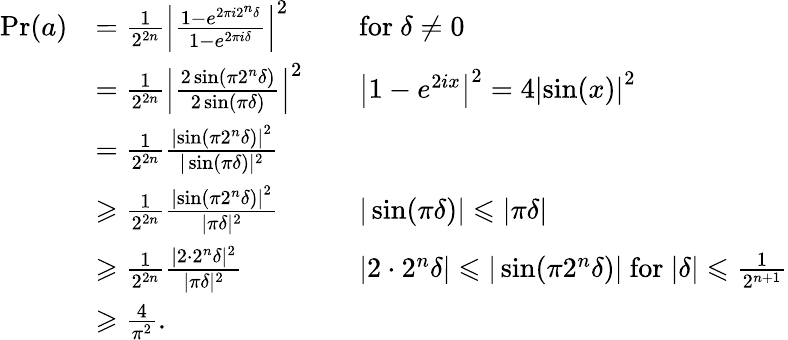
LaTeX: {\begin{array}{rlrl}{\operatorname*{Pr}(a)}&{={\frac{1}{2^{2n}}}\left|{\frac{1-{e^{2\pi i2^{n}\delta}}}{1-{e^{2\pi i\delta}}}}\right|^{2}}&&{{\mathrm{for~}}\delta\neq 0}\\ &{={\frac{1}{2^{2n}}}\left|{\frac{2\sin\left(\pi 2^{n}\delta\right)}{2\sin(\pi\delta)}}\right|^{2}}&&{\left|1-e^{2ix}\right|^{2}=4\left|\sin(x)\right|^{2}}\\ &{={\frac{1}{2^{2n}}}{\frac{\left|\sin\left(\pi 2^{n}\delta\right)\right|^{2}}{|\sin(\pi\delta)|^{2}}}}\\ &{\geqslant{\frac{1}{2^{2n}}}{\frac{\left|\sin\left(\pi 2^{n}\delta\right)\right|^{2}}{|\pi\delta|^{2}}}}&&{|\sin(\pi\delta)|\leqslant|\pi\delta|}\\ &{\geqslant{\frac{1}{2^{2n}}}{\frac{|2\cdot 2^{n}\delta|^{2}}{|\pi\delta|^{2}}}}&&{|2\cdot 2^{n}\delta|\leqslant|\sin(\pi 2^{n}\delta)|{\mathrm{~for~}}|\delta|\leqslant{\frac{1}{2^{n+1}}}}\\ &{\geqslant{\frac{4}{\pi^{2}}}.}\end{array}}